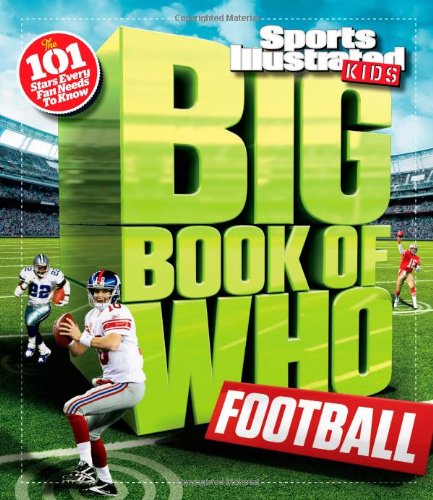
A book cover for Sports Illustrated Kids Big Book of Who: Football; The Editors of Sports Illustrated Kids; Children's Books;